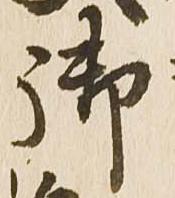
御